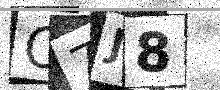
Text: C7J8